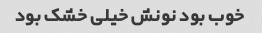
خوب بود نونش خیلی خشک بود